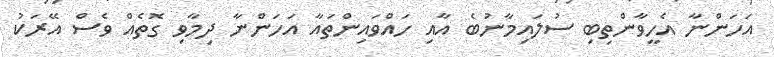
އަހަންނާ އެހީވާންތިބި ސުލައިމާނުބެ އާއި ހައްވައިންތައާ އަހަންނާ ދިމާވި ގޮތެއް ވެސް އޭރަކު